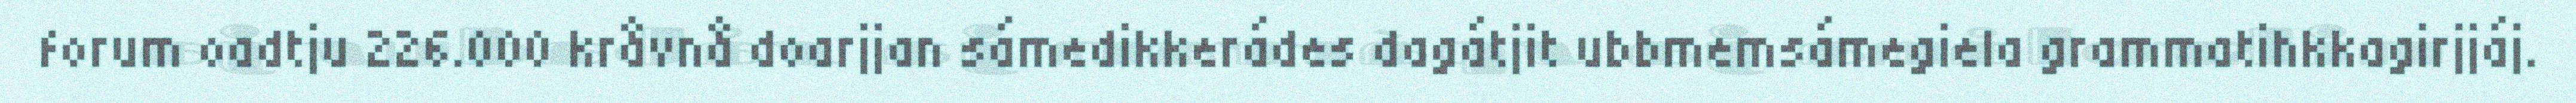
forum oadtju 226.000 kråvnå doarjjan sámedikkerádes dagátjit ubbmemsámegiela grammatihkkagirjjáj.